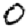
Digit: 0